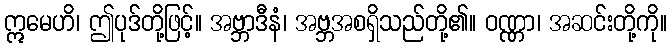
ဣမေဟိ၊ ဤပုဒ်တို့ဖြင့်။ အဗ္ဘာဒီနံ၊ အဗ္ဘအစရှိသည်တို့၏။ ဝဏ္ဏာ၊ အဆင်းတို့ကို။